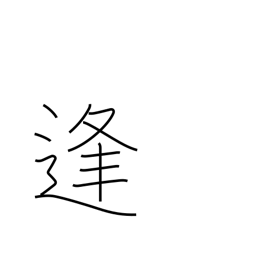
Meaning: date